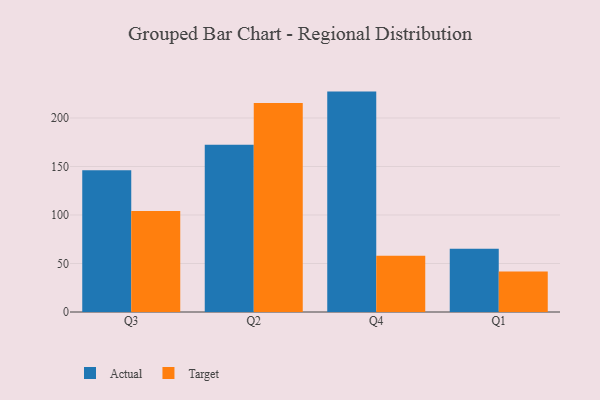
{"axis": {"x": "Quarter", "y": "Net Income (USD K)"}, "legend": ["Actual", "Target"], "data": [{"x": "Q3", "y": 146.1, "type": "Actual"}, {"x": "Q3", "y": 104.1, "type": "Target"}, {"x": "Q2", "y": 172.4, "type": "Actual"}, {"x": "Q2", "y": 215.4, "type": "Target"}, {"x": "Q4", "y": 227.2, "type": "Actual"}, {"x": "Q4", "y": 58.0, "type": "Target"}, {"x": "Q1", "y": 65.1, "type": "Actual"}, {"x": "Q1", "y": 41.7, "type": "Target"}]}